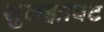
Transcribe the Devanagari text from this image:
सुलझावट